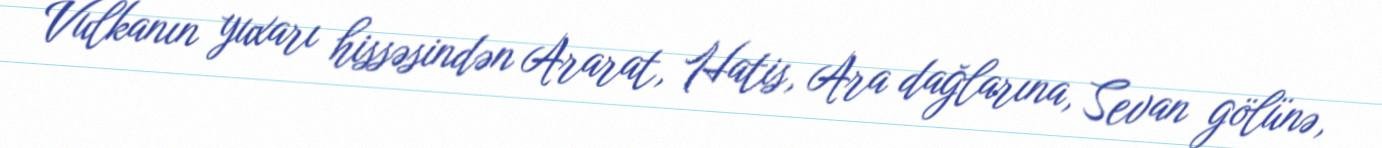
Vulkanın yuxarı hissəsindən Ararat, Hatis, Ara dağlarına, Sevan gölünə,